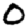
Digit: 0